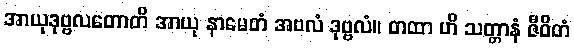
အာယုဒုဗ္ဗလတောတိ အာယု နာမေတံ အဗလံ ဒုဗ္ဗလံ။ တထာ ဟိ သတ္တာနံ ဇီဝိတံ